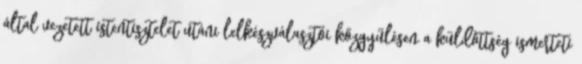
által vezetett istentisztelet utáni lelkészválasztói közgyűlésen a küldöttség ismerteti